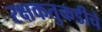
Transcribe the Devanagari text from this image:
रक्षकतुकडीचे